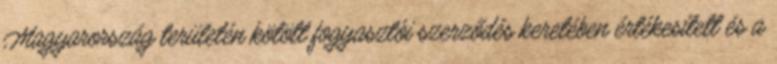
Magyarország területén kötött fogyasztói szerződés keretében értékesített és a